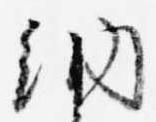
納